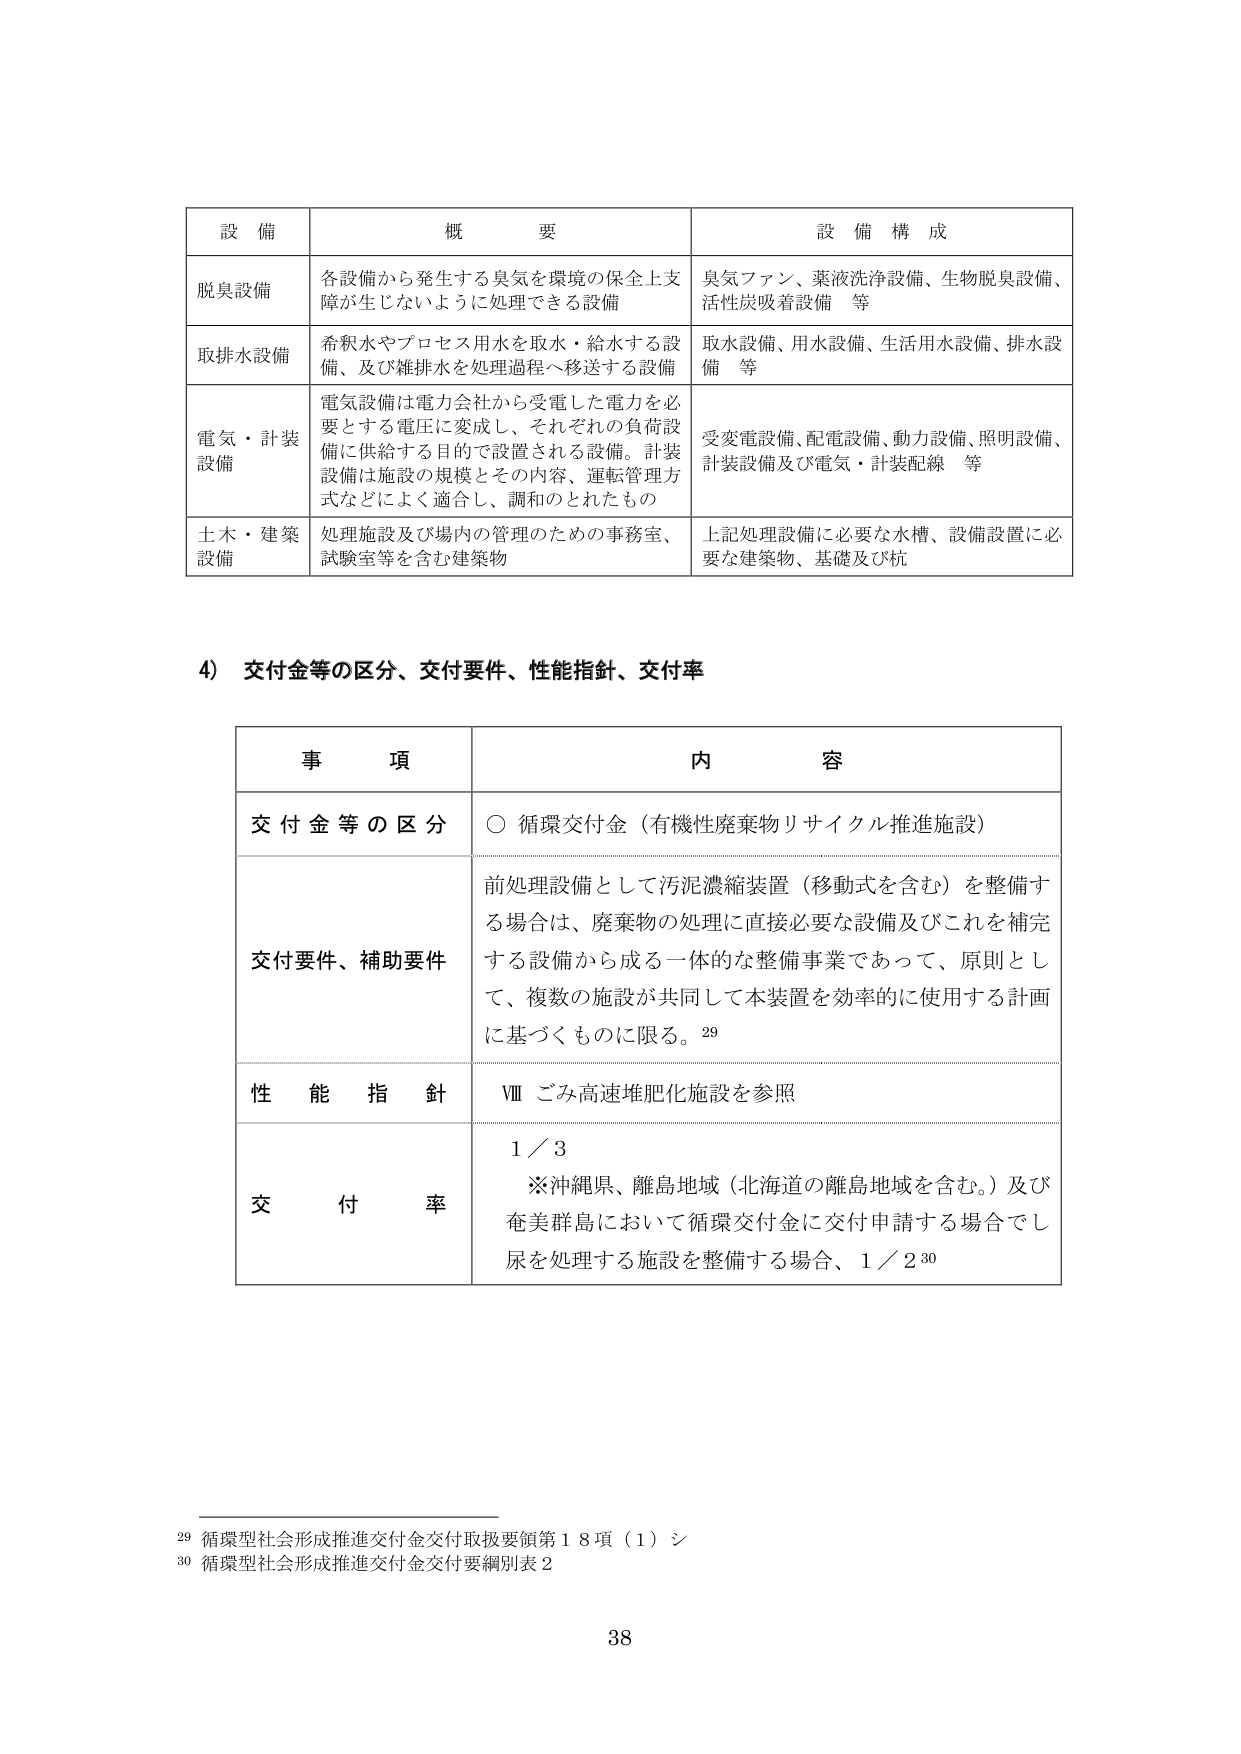
設 備 概 要 設 備 構 成
脱臭設備 各設備から発生する臭気を環境の保全上支障が生じないように処理できる設備 臭気ファン、薬液洗浄設備、生物脱臭設備、活性炭吸着設備 等
取排水設備 希釈水やプロセス用水を取水・給水する設備、及び雑排水を処理過程へ移送する設備 取水設備、用水設備、生活用水設備、排水設備 等
電気・計装設備 電気設備は電力会社から受電した電力を必要とする電圧に変成し、それぞれの負荷設備に供給する目的で設置される設備。計装設備は施設の規模とその内容、運転管理方式などによく適合し、調和のとれたもの 受変電設備、配電設備、動力設備、照明設備、計装設備及び電気・計装配線 等
土木・建築設備 処理施設及び場内の管理のための事務室、試験室等を含む建築物 上記処理設備に必要な水槽、設備設置に必要な建築物、基礎及び杭

4) 交付金等の区分、交付要件、性能指針、交付率

事 項 内 容
交付金等の区分 ○ 循環交付金（有機性廃棄物リサイクル推進施設）
交付要件、補助要件 前処理設備として汚泥濃縮装置（移動式を含む）を整備する場合は、廃棄物の処理に直接必要な設備及びこれを補完する設備から成る一体的な整備事業であって、原則として、複数の施設が共同して本装置を効率的に使用する計画に基づくものに限る。29
性能指針 Ⅷ ごみ高速堆肥化施設を参照
交付率 1／3
※沖縄県、離島地域（北海道の離島地域を含む。）及び奄美群島において循環交付金に交付申請する場合でし尿を処理する施設を整備する場合、1／230

29 循環型社会形成推進交付金交付取扱要領第18項（1）シ
30 循環型社会形成推進交付金交付要綱別表2
38